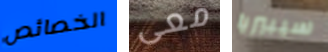
الخصائص معى سيبيريا